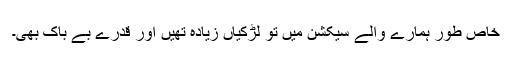
خاص طور ہمارے والے سیکشن میں تو لڑکیاں زیادہ تھیں اور قدرے بے باک بھی۔